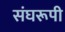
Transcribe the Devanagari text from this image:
संघरूपी